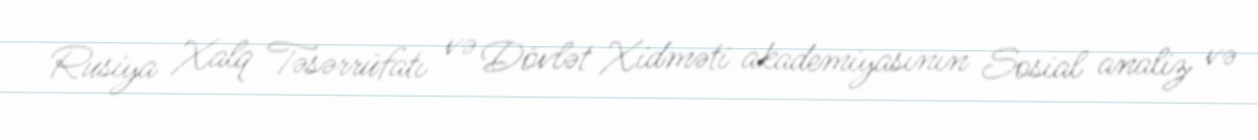
Rusiya Xalq Təsərrüfatı və Dövlət Xidməti akademiyasının Sosial analiz və